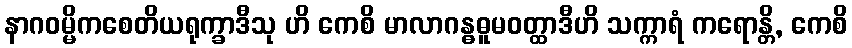
နာဂဝမ္မိကစေတိယရုက္ခာဒီသု ဟိ ကေစိ မာလာဂန္ဓဓူမဝတ္ထာဒီဟိ သက္ကာရံ ကရောန္တိ, ကေစိ